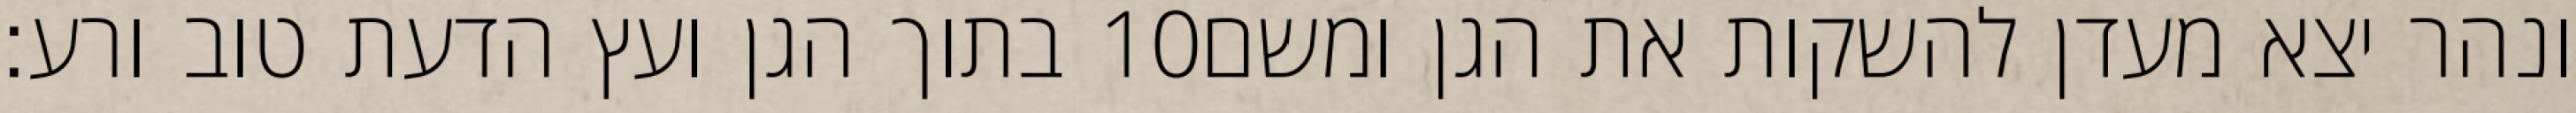
בתוך הגן ועץ הדעת טוב ורע׃ ‎10‏ ונהר יצא מעדן להשקות את הגן ומשם